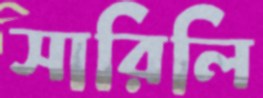
সারিলি